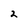
Character: 2